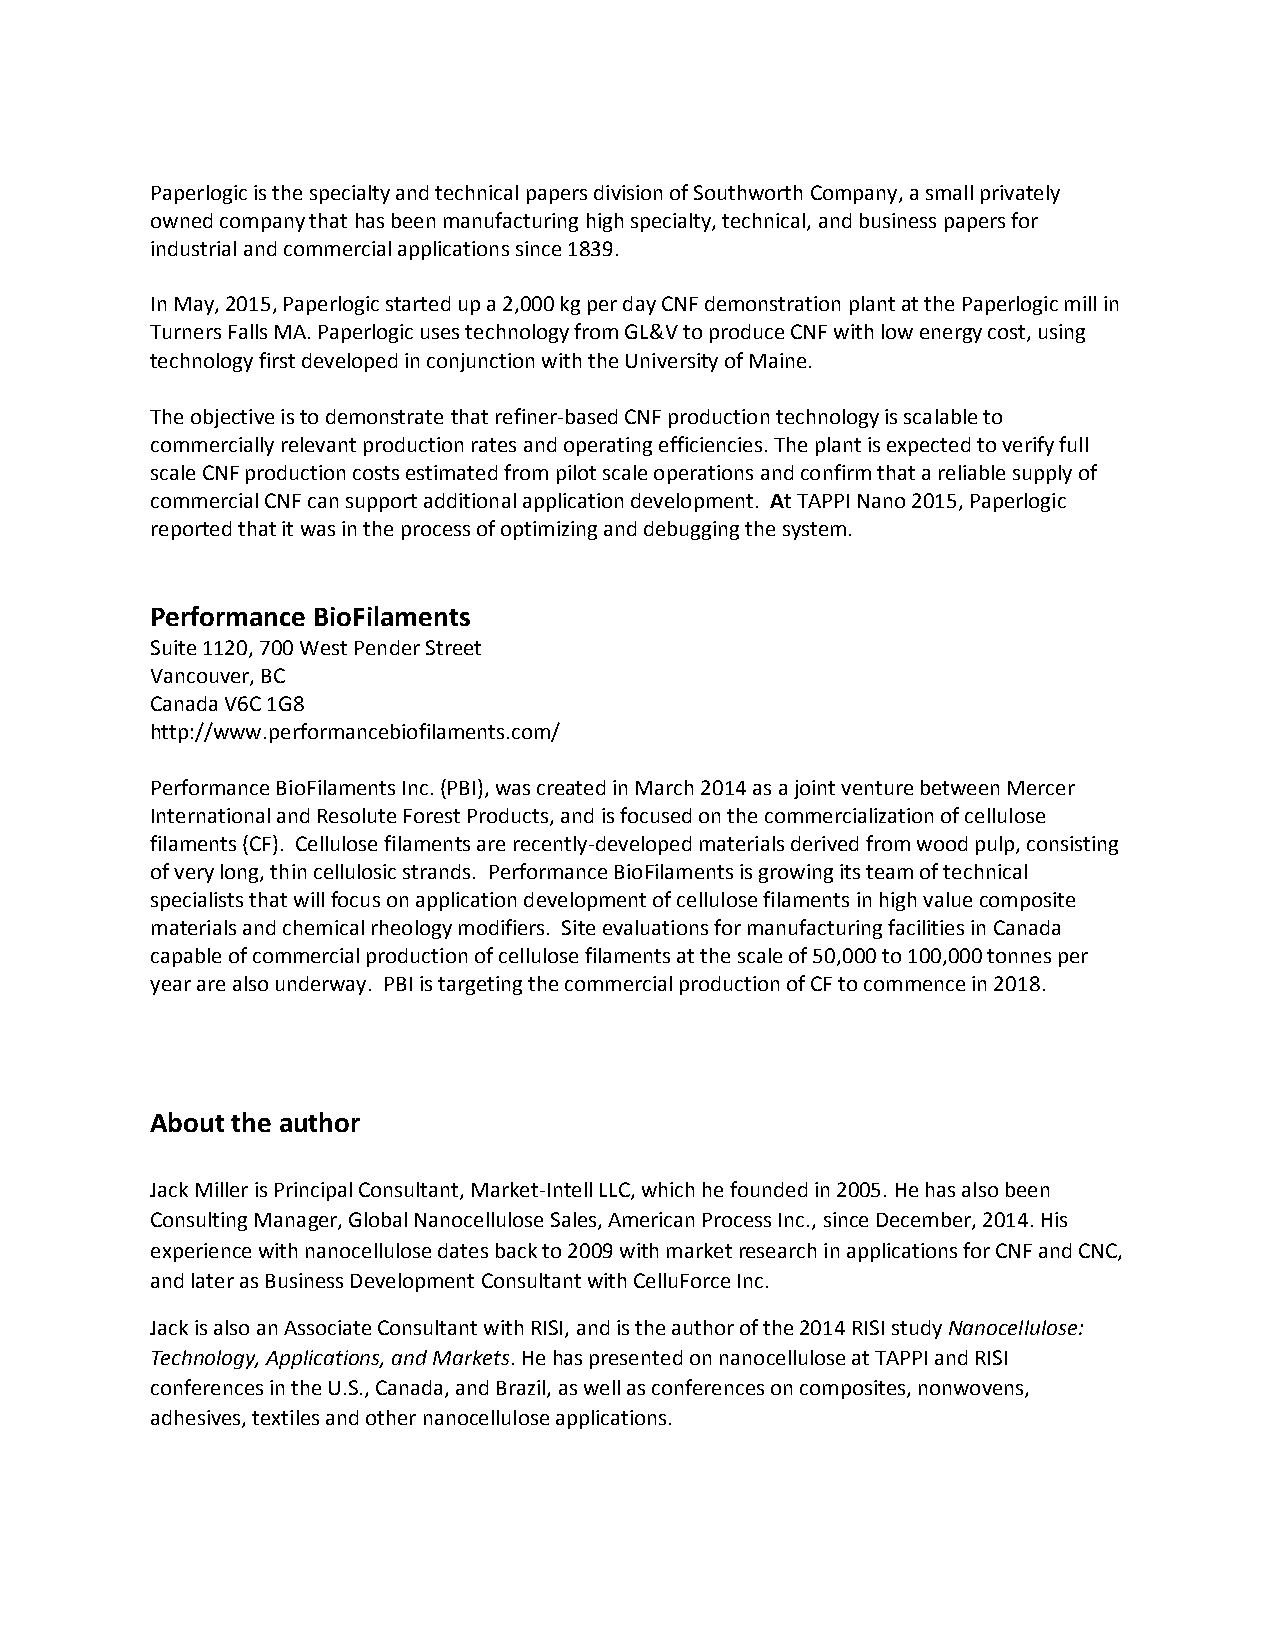
Paperlogic is the specialty and technical papers division of Southworth Company, a small privately
 owned company that has been manufacturing high specialty, technical, and business papers for
 industrial and commercial applications since 1839.
 In May, 2015, Paperlogic started up a 2,000 kg per day CNF demonstration plant at the Paperlogic mill in
 Turners Falls MA. Paperlogic uses technology from GL&V to produce CNF with low energy cost, using
 technology first developed in conjunction with the University of Maine.
 The objective is to demonstrate that refiner-based CNF production technology is scalable to
 commercially relevant production rates and operating efficiencies. The plant is expected to verify full
 scale CNF production costs estimated from pilot scale operations and confirm that a reliable supply of
 commercial CNF can support additional application development. At TAPPI Nano 2015, Paperlogic
 reported that it was in the process of optimizing and debugging the system.
 Performance BioFilaments
 Suite 1120, 700 West Pender Street
 Vancouver, BC
 Canada V6C 1G8
 http://www.performancebiofilaments.com/
 Performance BioFilaments Inc. (PBI), was created in March 2014 as a joint venture between Mercer
 International and Resolute Forest Products, and is focused on the commercialization of cellulose
 filaments (CF). Cellulose filaments are recently-developed materials derived from wood pulp, consisting
 of very long, thin cellulosic strands. Performance BioFilaments is growing its team of technical
 specialists that will focus on application development of cellulose filaments in high value composite
 materials and chemical rheology modifiers. Site evaluations for manufacturing facilities in Canada
 capable of commercial production of cellulose filaments at the scale of 50,000 to 100,000 tonnes per
 year are also underway. PBI is targeting the commercial production of CF to commence in 2018.
 About the author
 Jack Miller is Principal Consultant, Market-Intell LLC, which he founded in 2005. He has also been
 Consulting Manager, Global Nanocellulose Sales, American Process Inc., since December, 2014. His
 experience with nanocellulose dates back to 2009 with market research in applications for CNF and CNC,
 and later as Business Development Consultant with CelluForce Inc.
 Jack is also an Associate Consultant with RISI, and is the author of the 2014 RISI study Nanocellulose:
 Technology, Applications, and Markets. He has presented on nanocellulose at TAPPI and RISI
 conferences in the U.S., Canada, and Brazil, as well as conferences on composites, nonwovens,
 adhesives, textiles and other nanocellulose applications.